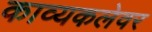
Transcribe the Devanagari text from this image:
काव्यकलेवर